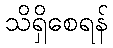
သိရှိစေရန်